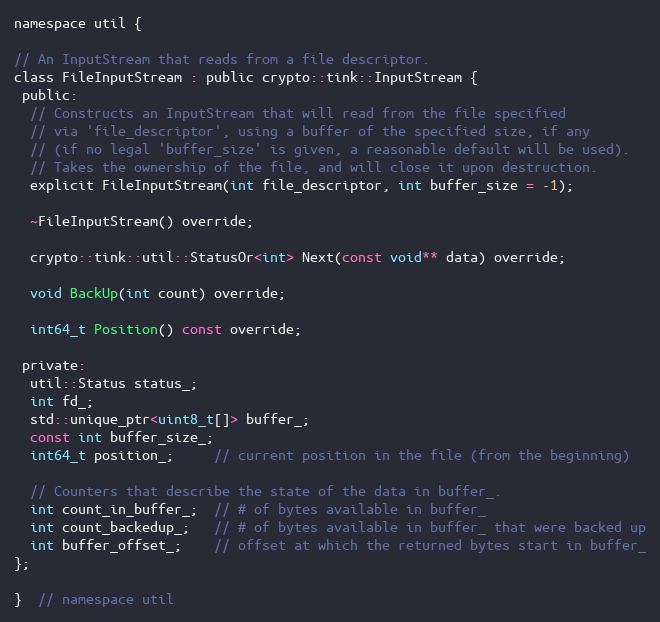
Language: C
namespace util {

// An InputStream that reads from a file descriptor.
class FileInputStream : public crypto::tink::InputStream {
 public:
  // Constructs an InputStream that will read from the file specified
  // via 'file_descriptor', using a buffer of the specified size, if any
  // (if no legal 'buffer_size' is given, a reasonable default will be used).
  // Takes the ownership of the file, and will close it upon destruction.
  explicit FileInputStream(int file_descriptor, int buffer_size = -1);

  ~FileInputStream() override;

  crypto::tink::util::StatusOr<int> Next(const void** data) override;

  void BackUp(int count) override;

  int64_t Position() const override;

 private:
  util::Status status_;
  int fd_;
  std::unique_ptr<uint8_t[]> buffer_;
  const int buffer_size_;
  int64_t position_;     // current position in the file (from the beginning)

  // Counters that describe the state of the data in buffer_.
  int count_in_buffer_;  // # of bytes available in buffer_
  int count_backedup_;   // # of bytes available in buffer_ that were backed up
  int buffer_offset_;    // offset at which the returned bytes start in buffer_
};

}  // namespace util